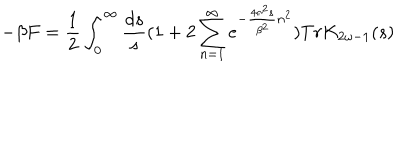
- \beta F = { \frac { 1 } { 2 } } \int _ { 0 } ^ { \infty } { \frac { d s } { s } } ( 1 + 2 \sum _ { n = 1 } ^ { \infty } e ^ { - { \frac { 4 \pi ^ { 2 } s } { \beta ^ { 2 } } } n ^ { 2 } } ) T r K _ { 2 \omega - 1 } ( s )